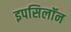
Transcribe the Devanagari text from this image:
इपसिलॉन